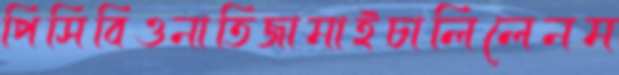
পিসিবিওনাতিজামাইচালিলেনম